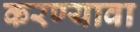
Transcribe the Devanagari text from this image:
करण्यावा